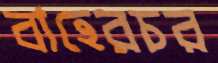
বাহেরচর